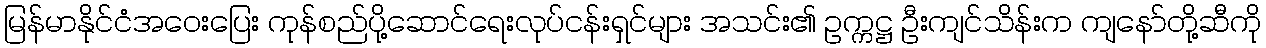
မြန်မာနိုင်ငံအဝေးပြေး ကုန်စည်ပို့ဆောင်ရေးလုပ်ငန်းရှင်များ အသင်း၏ ဥက္ကဋ္ဌ ဦးကျင်သိန်းက ကျနော်တို့ဆီကို